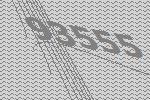
93555